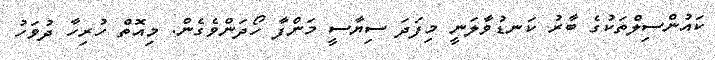
ކައުންސިލްތަކުގެ ބާރު ކަނޑުވާލަނީ މިފަދަ ސިޔާސީ މަންފާ ހޯދަންވެގެން. މިއޮތް ހުރިހާ ދުވަހު